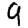
Digit: 9